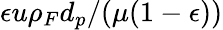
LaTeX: \epsilon u\rho_{F}d_{p}/(\mu(1-\epsilon))